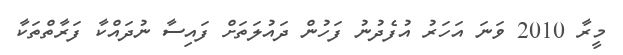
މީރާ 2010 ވަނަ އަހަރު އުފެދުނު ފަހުން ދައުލަތަށް ފައިސާ ނުދައްކާ ފަރާތްތަކާ